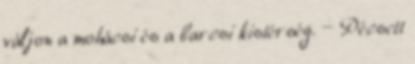
váljon a mohácsi és a barcsi kistérség. — Pécsett